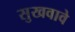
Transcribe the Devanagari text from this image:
सुखवावे